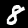
Digit: 8